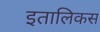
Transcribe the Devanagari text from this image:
इतालिकस